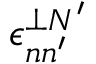
\epsilon _ { n n ^ { \prime } } ^ { \perp N ^ { \prime } }